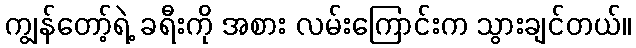
ကျွန်တော့်ရဲ့ ခရီးကို အစား လမ်းကြောင်းက သွားချင်တယ်။